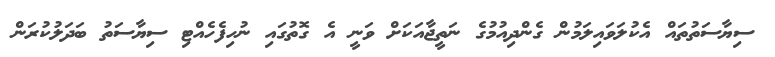
ސިޔާސަތުތައް އެކުލަވައިލަމުން ގެންދިއުމުގެ ނަތީޖާއަކަށް ވަނީ އެ ގޮތުގައި ނުހިފެހެއްޓި ސިޔާސަތު ބަދަލުކުރަން